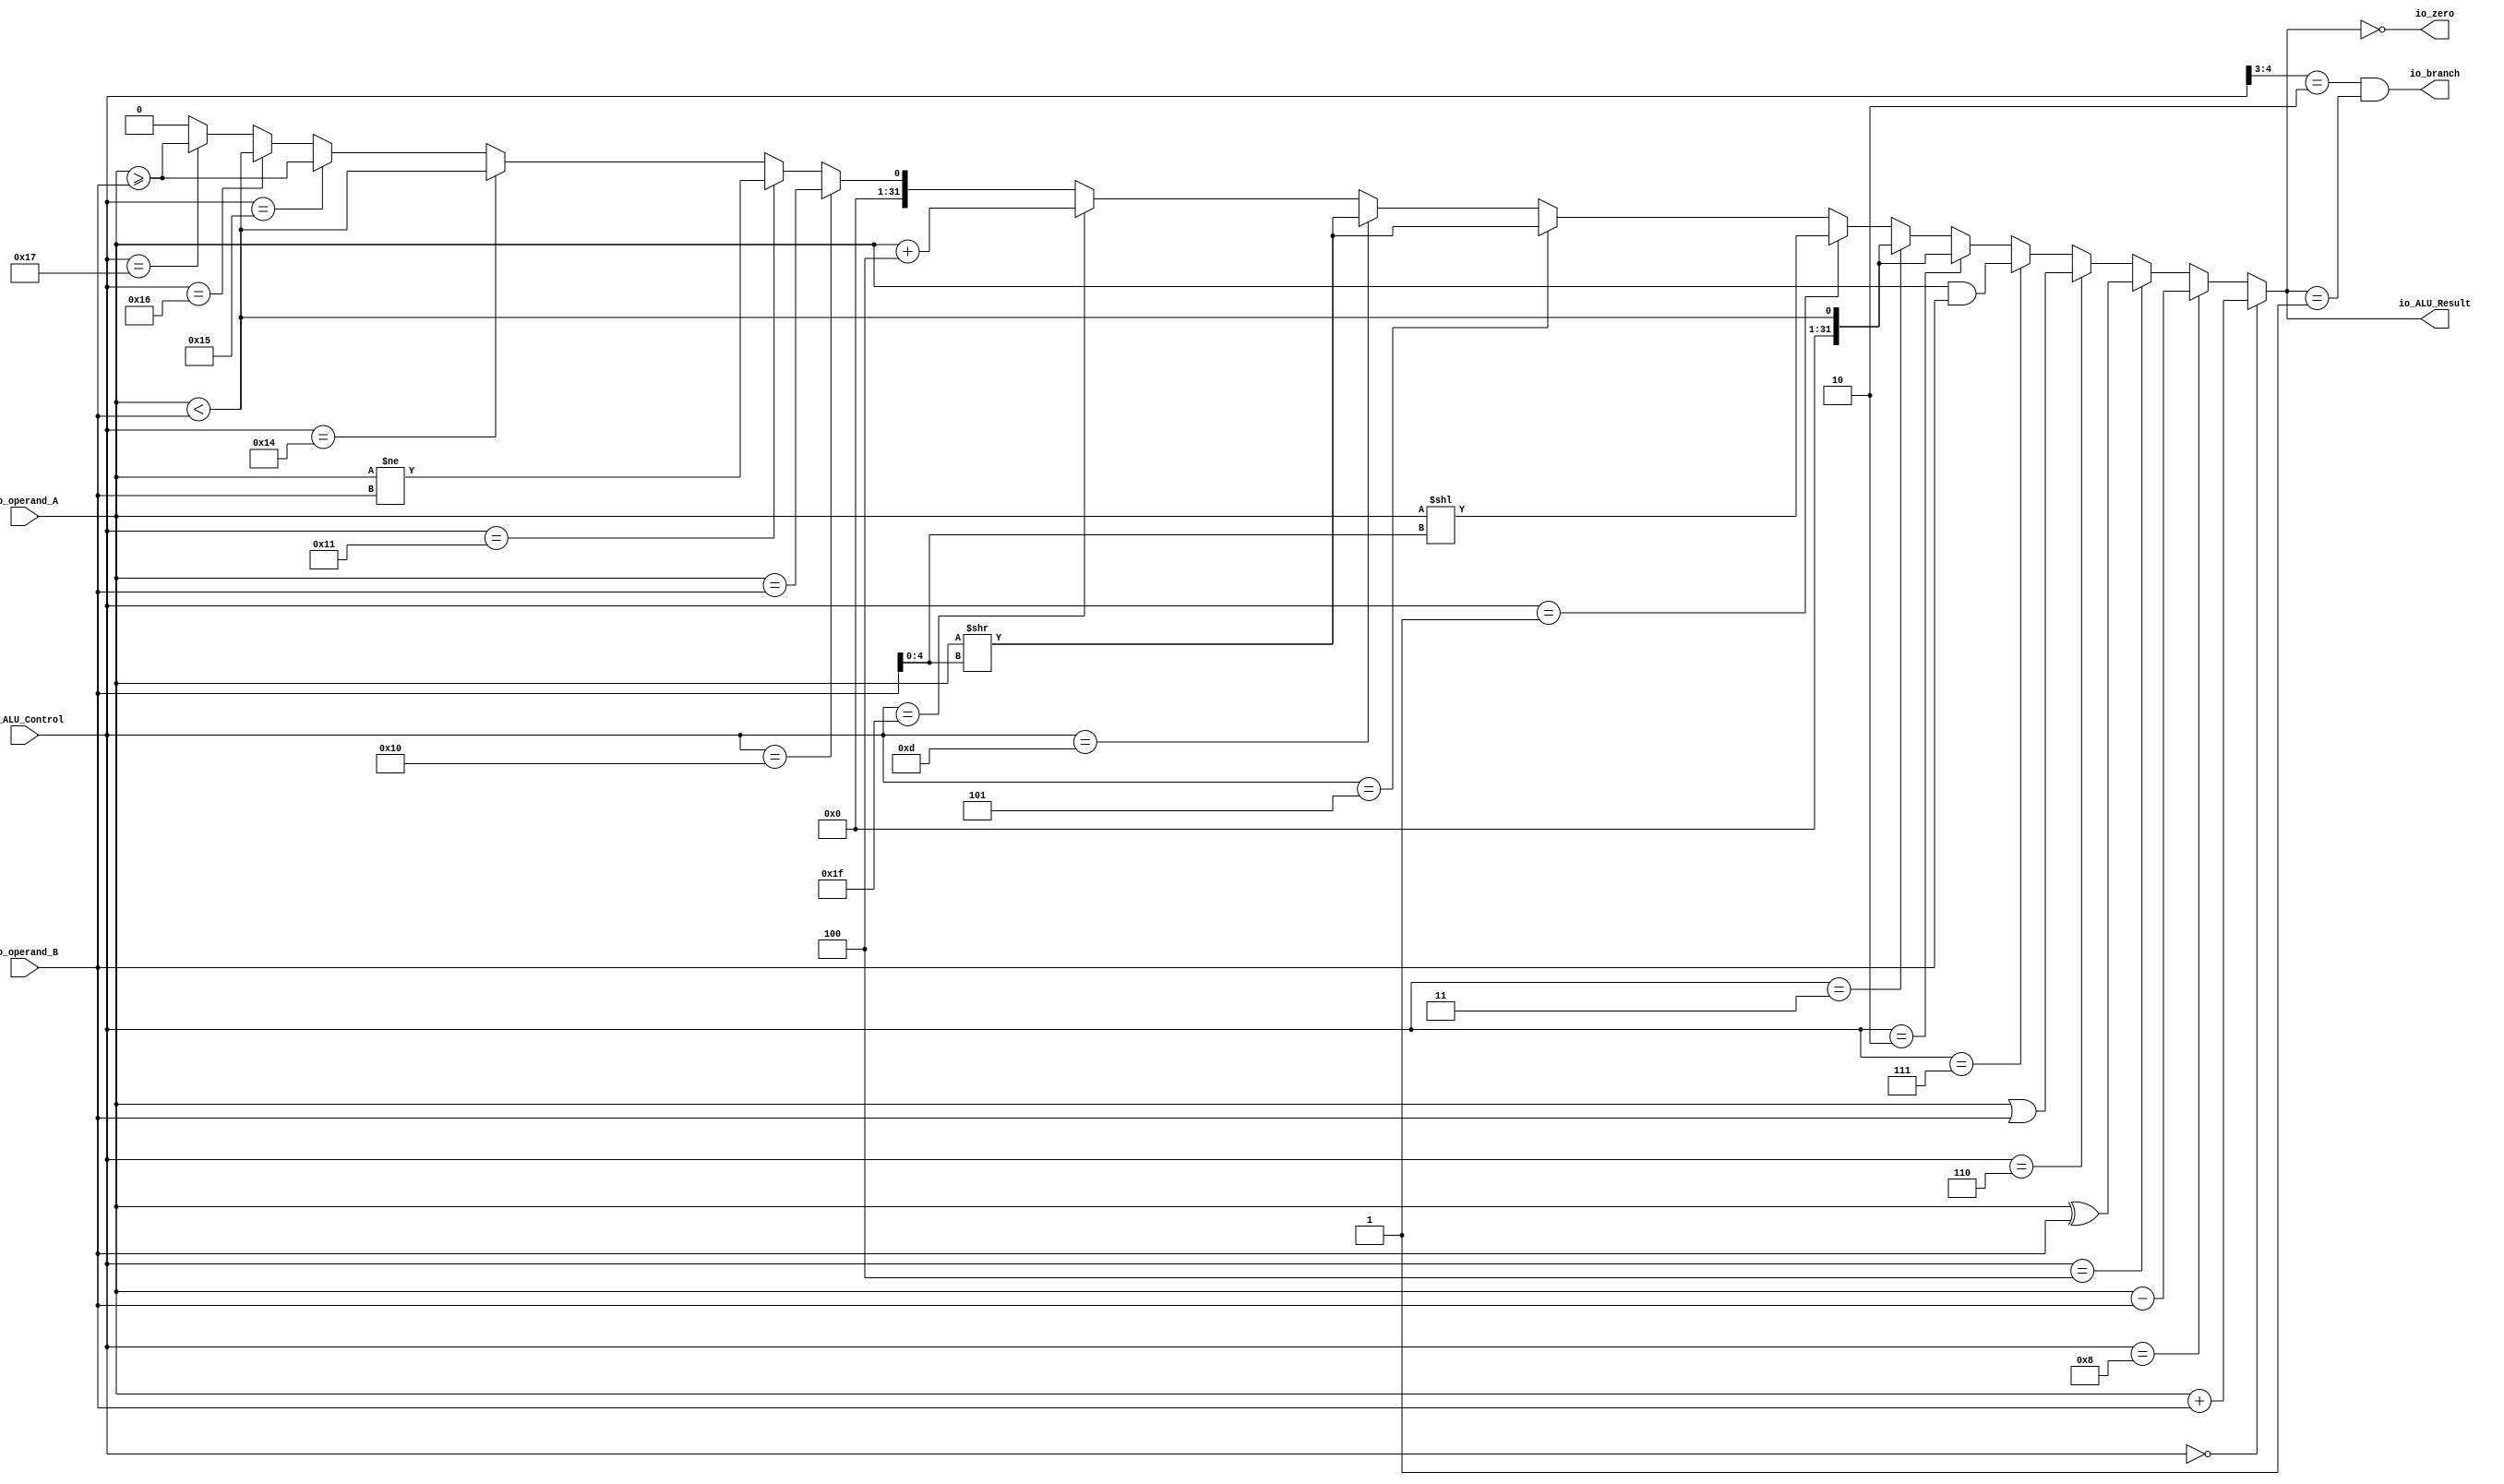
module ALU( // @[:@3.2]
  input  [5:0]  io_ALU_Control, // @[:@6.4]
  input  [31:0] io_operand_A, // @[:@6.4]
  input  [31:0] io_operand_B, // @[:@6.4]
  output        io_zero, // @[:@6.4]
  output        io_branch, // @[:@6.4]
  output [31:0] io_ALU_Result // @[:@6.4]
);
  wire [4:0] shift_amount; // @[ALU.scala 19:34:@8.4]
  wire [1:0] _T_19; // @[ALU.scala 22:32:@11.4]
  wire  _T_21; // @[ALU.scala 22:38:@12.4]
  wire  _T_23; // @[ALU.scala 22:66:@13.4]
  wire  _T_26; // @[ALU.scala 25:24:@16.4]
  wire [32:0] _T_27; // @[ALU.scala 26:35:@18.6]
  wire [31:0] _T_28; // @[ALU.scala 26:35:@19.6]
  wire  _T_30; // @[ALU.scala 27:31:@23.6]
  wire [32:0] _T_31; // @[ALU.scala 28:35:@25.8]
  wire [32:0] _T_32; // @[ALU.scala 28:35:@26.8]
  wire [31:0] _T_33; // @[ALU.scala 28:35:@27.8]
  wire  _T_35; // @[ALU.scala 29:31:@31.8]
  wire [31:0] _T_36; // @[ALU.scala 30:35:@33.10]
  wire  _T_38; // @[ALU.scala 31:31:@37.10]
  wire [31:0] _T_39; // @[ALU.scala 32:35:@39.12]
  wire  _T_41; // @[ALU.scala 33:31:@43.12]
  wire [31:0] _T_42; // @[ALU.scala 34:35:@45.14]
  wire  _T_44; // @[ALU.scala 35:31:@49.14]
  wire  _T_45; // @[ALU.scala 36:35:@51.16]
  wire  _T_47; // @[ALU.scala 37:31:@55.16]
  wire  _T_50; // @[ALU.scala 39:31:@61.18]
  wire [62:0] _GEN_17; // @[ALU.scala 40:35:@63.20]
  wire [62:0] _T_51; // @[ALU.scala 40:35:@63.20]
  wire  _T_53; // @[ALU.scala 41:31:@67.20]
  wire [31:0] _T_54; // @[ALU.scala 42:34:@69.22]
  wire  _T_56; // @[ALU.scala 43:31:@73.22]
  wire  _T_59; // @[ALU.scala 45:31:@79.24]
  wire [32:0] _T_61; // @[ALU.scala 46:35:@81.26]
  wire [31:0] _T_62; // @[ALU.scala 46:35:@82.26]
  wire  _T_64; // @[ALU.scala 47:31:@86.26]
  wire  _T_65; // @[ALU.scala 48:35:@88.28]
  wire  _T_67; // @[ALU.scala 49:31:@92.28]
  wire  _T_68; // @[ALU.scala 50:35:@94.30]
  wire  _T_70; // @[ALU.scala 51:31:@98.30]
  wire  _T_73; // @[ALU.scala 53:31:@104.32]
  wire  _T_74; // @[ALU.scala 54:34:@106.34]
  wire  _T_76; // @[ALU.scala 55:31:@110.34]
  wire  _T_79; // @[ALU.scala 57:31:@116.36]
  wire  _GEN_0; // @[ALU.scala 57:43:@117.36]
  wire  _GEN_1; // @[ALU.scala 55:43:@111.34]
  wire  _GEN_2; // @[ALU.scala 53:43:@105.32]
  wire  _GEN_3; // @[ALU.scala 51:43:@99.30]
  wire  _GEN_4; // @[ALU.scala 49:43:@93.28]
  wire  _GEN_5; // @[ALU.scala 47:43:@87.26]
  wire [31:0] _GEN_6; // @[ALU.scala 45:43:@80.24]
  wire [31:0] _GEN_7; // @[ALU.scala 43:43:@74.22]
  wire [31:0] _GEN_8; // @[ALU.scala 41:43:@68.20]
  wire [62:0] _GEN_9; // @[ALU.scala 39:43:@62.18]
  wire [62:0] _GEN_10; // @[ALU.scala 37:43:@56.16]
  wire [62:0] _GEN_11; // @[ALU.scala 35:44:@50.14]
  wire [62:0] _GEN_12; // @[ALU.scala 33:44:@44.12]
  wire [62:0] _GEN_13; // @[ALU.scala 31:44:@38.10]
  wire [62:0] _GEN_14; // @[ALU.scala 29:44:@32.8]
  wire [62:0] _GEN_15; // @[ALU.scala 27:44:@24.6]
  wire [62:0] _GEN_16; // @[ALU.scala 25:37:@17.4]
  assign shift_amount = io_operand_B[4:0]; // @[ALU.scala 19:34:@8.4]
  assign _T_19 = io_ALU_Control[4:3]; // @[ALU.scala 22:32:@11.4]
  assign _T_21 = _T_19 == 2'h2; // @[ALU.scala 22:38:@12.4]
  assign _T_23 = io_ALU_Result == 32'h1; // @[ALU.scala 22:66:@13.4]
  assign _T_26 = io_ALU_Control == 6'h0; // @[ALU.scala 25:24:@16.4]
  assign _T_27 = io_operand_A + io_operand_B; // @[ALU.scala 26:35:@18.6]
  assign _T_28 = _T_27[31:0]; // @[ALU.scala 26:35:@19.6]
  assign _T_30 = io_ALU_Control == 6'h8; // @[ALU.scala 27:31:@23.6]
  assign _T_31 = io_operand_A - io_operand_B; // @[ALU.scala 28:35:@25.8]
  assign _T_32 = $unsigned(_T_31); // @[ALU.scala 28:35:@26.8]
  assign _T_33 = _T_32[31:0]; // @[ALU.scala 28:35:@27.8]
  assign _T_35 = io_ALU_Control == 6'h4; // @[ALU.scala 29:31:@31.8]
  assign _T_36 = io_operand_A ^ io_operand_B; // @[ALU.scala 30:35:@33.10]
  assign _T_38 = io_ALU_Control == 6'h6; // @[ALU.scala 31:31:@37.10]
  assign _T_39 = io_operand_A | io_operand_B; // @[ALU.scala 32:35:@39.12]
  assign _T_41 = io_ALU_Control == 6'h7; // @[ALU.scala 33:31:@43.12]
  assign _T_42 = io_operand_A & io_operand_B; // @[ALU.scala 34:35:@45.14]
  assign _T_44 = io_ALU_Control == 6'h2; // @[ALU.scala 35:31:@49.14]
  assign _T_45 = io_operand_A < io_operand_B; // @[ALU.scala 36:35:@51.16]
  assign _T_47 = io_ALU_Control == 6'h3; // @[ALU.scala 37:31:@55.16]
  assign _T_50 = io_ALU_Control == 6'h1; // @[ALU.scala 39:31:@61.18]
  assign _GEN_17 = {{31'd0}, io_operand_A}; // @[ALU.scala 40:35:@63.20]
  assign _T_51 = _GEN_17 << shift_amount; // @[ALU.scala 40:35:@63.20]
  assign _T_53 = io_ALU_Control == 6'h5; // @[ALU.scala 41:31:@67.20]
  assign _T_54 = io_operand_A >> shift_amount; // @[ALU.scala 42:34:@69.22]
  assign _T_56 = io_ALU_Control == 6'hd; // @[ALU.scala 43:31:@73.22]
  assign _T_59 = io_ALU_Control == 6'h1f; // @[ALU.scala 45:31:@79.24]
  assign _T_61 = io_operand_A + 32'h4; // @[ALU.scala 46:35:@81.26]
  assign _T_62 = _T_61[31:0]; // @[ALU.scala 46:35:@82.26]
  assign _T_64 = io_ALU_Control == 6'h10; // @[ALU.scala 47:31:@86.26]
  assign _T_65 = io_operand_A == io_operand_B; // @[ALU.scala 48:35:@88.28]
  assign _T_67 = io_ALU_Control == 6'h11; // @[ALU.scala 49:31:@92.28]
  assign _T_68 = io_operand_A != io_operand_B; // @[ALU.scala 50:35:@94.30]
  assign _T_70 = io_ALU_Control == 6'h14; // @[ALU.scala 51:31:@98.30]
  assign _T_73 = io_ALU_Control == 6'h15; // @[ALU.scala 53:31:@104.32]
  assign _T_74 = io_operand_A >= io_operand_B; // @[ALU.scala 54:34:@106.34]
  assign _T_76 = io_ALU_Control == 6'h16; // @[ALU.scala 55:31:@110.34]
  assign _T_79 = io_ALU_Control == 6'h17; // @[ALU.scala 57:31:@116.36]
  assign _GEN_0 = _T_79 ? _T_74 : 1'h0; // @[ALU.scala 57:43:@117.36]
  assign _GEN_1 = _T_76 ? _T_45 : _GEN_0; // @[ALU.scala 55:43:@111.34]
  assign _GEN_2 = _T_73 ? _T_74 : _GEN_1; // @[ALU.scala 53:43:@105.32]
  assign _GEN_3 = _T_70 ? _T_45 : _GEN_2; // @[ALU.scala 51:43:@99.30]
  assign _GEN_4 = _T_67 ? _T_68 : _GEN_3; // @[ALU.scala 49:43:@93.28]
  assign _GEN_5 = _T_64 ? _T_65 : _GEN_4; // @[ALU.scala 47:43:@87.26]
  assign _GEN_6 = _T_59 ? _T_62 : {{31'd0}, _GEN_5}; // @[ALU.scala 45:43:@80.24]
  assign _GEN_7 = _T_56 ? _T_54 : _GEN_6; // @[ALU.scala 43:43:@74.22]
  assign _GEN_8 = _T_53 ? _T_54 : _GEN_7; // @[ALU.scala 41:43:@68.20]
  assign _GEN_9 = _T_50 ? _T_51 : {{31'd0}, _GEN_8}; // @[ALU.scala 39:43:@62.18]
  assign _GEN_10 = _T_47 ? {{62'd0}, _T_45} : _GEN_9; // @[ALU.scala 37:43:@56.16]
  assign _GEN_11 = _T_44 ? {{62'd0}, _T_45} : _GEN_10; // @[ALU.scala 35:44:@50.14]
  assign _GEN_12 = _T_41 ? {{31'd0}, _T_42} : _GEN_11; // @[ALU.scala 33:44:@44.12]
  assign _GEN_13 = _T_38 ? {{31'd0}, _T_39} : _GEN_12; // @[ALU.scala 31:44:@38.10]
  assign _GEN_14 = _T_35 ? {{31'd0}, _T_36} : _GEN_13; // @[ALU.scala 29:44:@32.8]
  assign _GEN_15 = _T_30 ? {{31'd0}, _T_33} : _GEN_14; // @[ALU.scala 27:44:@24.6]
  assign _GEN_16 = _T_26 ? {{31'd0}, _T_28} : _GEN_15; // @[ALU.scala 25:37:@17.4]
  assign io_zero = io_ALU_Result == 32'h0; // @[ALU.scala 21:13:@10.4]
  assign io_branch = _T_21 & _T_23; // @[ALU.scala 22:13:@15.4]
  assign io_ALU_Result = _GEN_16[31:0]; // @[ALU.scala 26:19:@20.6 ALU.scala 28:19:@28.8 ALU.scala 30:19:@34.10 ALU.scala 32:19:@40.12 ALU.scala 34:19:@46.14 ALU.scala 36:19:@52.16 ALU.scala 38:19:@58.18 ALU.scala 40:19:@64.20 ALU.scala 42:18:@70.22 ALU.scala 44:18:@76.24 ALU.scala 46:19:@83.26 ALU.scala 48:19:@89.28 ALU.scala 50:19:@95.30 ALU.scala 52:19:@101.32 ALU.scala 54:18:@107.34 ALU.scala 56:19:@113.36 ALU.scala 58:19:@119.38 ALU.scala 60:20:@122.38]
endmodule
module execute( // @[:@125.2]
  input         clock, // @[:@126.4]
  input         reset, // @[:@127.4]
  input         io_clock, // @[:@128.4]
  input         io_reset, // @[:@128.4]
  input  [2:0]  io_ALU_Operation, // @[:@128.4]
  input  [2:0]  io_funct3, // @[:@128.4]
  input  [6:0]  io_funct7, // @[:@128.4]
  input  [19:0] io_PC, // @[:@128.4]
  input  [1:0]  io_ALU_ASrc, // @[:@128.4]
  input         io_ALU_BSrc, // @[:@128.4]
  input         io_branch_op, // @[:@128.4]
  input  [31:0] io_regRead1, // @[:@128.4]
  input  [31:0] io_regRead2, // @[:@128.4]
  input  [31:0] io_extend, // @[:@128.4]
  output [31:0] io_ALU_Result, // @[:@128.4]
  output        io_zero, // @[:@128.4]
  output        io_branch, // @[:@128.4]
  output [19:0] io_JALR_target // @[:@128.4]
);
  wire [5:0] ALU0_io_ALU_Control; // @[execute.scala 82:19:@233.4]
  wire [31:0] ALU0_io_operand_A; // @[execute.scala 82:19:@233.4]
  wire [31:0] ALU0_io_operand_B; // @[execute.scala 82:19:@233.4]
  wire  ALU0_io_zero; // @[execute.scala 82:19:@233.4]
  wire  ALU0_io_branch; // @[execute.scala 82:19:@233.4]
  wire [31:0] ALU0_io_ALU_Result; // @[execute.scala 82:19:@233.4]
  wire  _T_42; // @[execute.scala 38:27:@134.4]
  wire  _T_45; // @[execute.scala 40:34:@139.6]
  wire [5:0] _T_46; // @[Cat.scala 30:58:@141.8]
  wire  _T_48; // @[execute.scala 43:34:@145.8]
  wire  _T_50; // @[execute.scala 43:71:@146.8]
  wire  _T_51; // @[execute.scala 43:58:@147.8]
  wire  _T_56; // @[execute.scala 45:71:@154.10]
  wire  _T_57; // @[execute.scala 45:58:@155.10]
  wire [5:0] _T_59; // @[Cat.scala 30:58:@157.12]
  wire  _T_64; // @[execute.scala 50:34:@167.14]
  wire  _T_67; // @[execute.scala 50:58:@169.14]
  wire  _T_69; // @[execute.scala 50:110:@170.14]
  wire  _T_70; // @[execute.scala 50:98:@171.14]
  wire [5:0] _T_72; // @[Cat.scala 30:58:@173.16]
  wire  _T_77; // @[execute.scala 52:58:@179.16]
  wire  _T_80; // @[execute.scala 52:98:@181.16]
  wire  _T_87; // @[execute.scala 54:59:@189.18]
  wire [5:0] _GEN_0; // @[execute.scala 56:56:@196.20]
  wire [5:0] _GEN_1; // @[execute.scala 54:96:@190.18]
  wire [5:0] _GEN_2; // @[execute.scala 52:133:@182.16]
  wire [5:0] _GEN_3; // @[execute.scala 50:133:@172.14]
  wire [5:0] _GEN_4; // @[execute.scala 47:56:@162.12]
  wire [5:0] _GEN_5; // @[execute.scala 45:99:@156.10]
  wire [5:0] _GEN_6; // @[execute.scala 43:99:@148.8]
  wire [5:0] _GEN_7; // @[execute.scala 40:57:@140.6]
  wire  _T_96; // @[execute.scala 62:21:@203.4]
  wire  _T_98; // @[execute.scala 64:28:@208.6]
  wire [20:0] _T_100; // @[execute.scala 65:24:@210.8]
  wire [19:0] _T_101; // @[execute.scala 65:24:@211.8]
  wire [31:0] _GEN_9; // @[execute.scala 64:50:@209.6]
  wire [1:0] _GEN_13; // @[execute.scala 70:21:@217.4]
  wire  _T_103; // @[execute.scala 70:21:@217.4]
  wire  ALU_branch; // @[execute.scala 34:25:@131.4 execute.scala 88:19:@240.4]
  wire [32:0] _T_109; // @[execute.scala 94:33:@242.4]
  wire [31:0] _T_110; // @[execute.scala 94:33:@243.4]
  wire [31:0] _T_112; // @[execute.scala 94:46:@244.4]
  ALU ALU0 ( // @[execute.scala 82:19:@233.4]
    .io_ALU_Control(ALU0_io_ALU_Control),
    .io_operand_A(ALU0_io_operand_A),
    .io_operand_B(ALU0_io_operand_B),
    .io_zero(ALU0_io_zero),
    .io_branch(ALU0_io_branch),
    .io_ALU_Result(ALU0_io_ALU_Result)
  );
  assign _T_42 = io_ALU_Operation == 3'h3; // @[execute.scala 38:27:@134.4]
  assign _T_45 = io_ALU_Operation == 3'h2; // @[execute.scala 40:34:@139.6]
  assign _T_46 = {io_ALU_Operation,io_funct3}; // @[Cat.scala 30:58:@141.8]
  assign _T_48 = io_ALU_Operation == 3'h0; // @[execute.scala 43:34:@145.8]
  assign _T_50 = io_funct7 == 7'h0; // @[execute.scala 43:71:@146.8]
  assign _T_51 = _T_48 & _T_50; // @[execute.scala 43:58:@147.8]
  assign _T_56 = io_funct7 == 7'h20; // @[execute.scala 45:71:@154.10]
  assign _T_57 = _T_48 & _T_56; // @[execute.scala 45:58:@155.10]
  assign _T_59 = {3'h1,io_funct3}; // @[Cat.scala 30:58:@157.12]
  assign _T_64 = io_ALU_Operation == 3'h1; // @[execute.scala 50:34:@167.14]
  assign _T_67 = _T_64 & _T_50; // @[execute.scala 50:58:@169.14]
  assign _T_69 = io_funct3 == 3'h5; // @[execute.scala 50:110:@170.14]
  assign _T_70 = _T_67 & _T_69; // @[execute.scala 50:98:@171.14]
  assign _T_72 = {3'h0,io_funct3}; // @[Cat.scala 30:58:@173.16]
  assign _T_77 = _T_64 & _T_56; // @[execute.scala 52:58:@179.16]
  assign _T_80 = _T_77 & _T_69; // @[execute.scala 52:98:@181.16]
  assign _T_87 = _T_64 & _T_69; // @[execute.scala 54:59:@189.18]
  assign _GEN_0 = _T_64 ? _T_72 : 6'h0; // @[execute.scala 56:56:@196.20]
  assign _GEN_1 = _T_87 ? _T_72 : _GEN_0; // @[execute.scala 54:96:@190.18]
  assign _GEN_2 = _T_80 ? _T_59 : _GEN_1; // @[execute.scala 52:133:@182.16]
  assign _GEN_3 = _T_70 ? _T_72 : _GEN_2; // @[execute.scala 50:133:@172.14]
  assign _GEN_4 = _T_48 ? _T_46 : _GEN_3; // @[execute.scala 47:56:@162.12]
  assign _GEN_5 = _T_57 ? _T_59 : _GEN_4; // @[execute.scala 45:99:@156.10]
  assign _GEN_6 = _T_51 ? _T_46 : _GEN_5; // @[execute.scala 43:99:@148.8]
  assign _GEN_7 = _T_45 ? _T_46 : _GEN_6; // @[execute.scala 40:57:@140.6]
  assign _T_96 = io_ALU_ASrc == 2'h1; // @[execute.scala 62:21:@203.4]
  assign _T_98 = io_ALU_ASrc == 2'h2; // @[execute.scala 64:28:@208.6]
  assign _T_100 = io_PC + 20'h4; // @[execute.scala 65:24:@210.8]
  assign _T_101 = _T_100[19:0]; // @[execute.scala 65:24:@211.8]
  assign _GEN_9 = _T_98 ? {{12'd0}, _T_101} : io_regRead1; // @[execute.scala 64:50:@209.6]
  assign _GEN_13 = {{1'd0}, io_ALU_BSrc}; // @[execute.scala 70:21:@217.4]
  assign _T_103 = _GEN_13 == 2'h1; // @[execute.scala 70:21:@217.4]
  assign ALU_branch = ALU0_io_branch; // @[execute.scala 34:25:@131.4 execute.scala 88:19:@240.4]
  assign _T_109 = io_regRead1 + io_extend; // @[execute.scala 94:33:@242.4]
  assign _T_110 = _T_109[31:0]; // @[execute.scala 94:33:@243.4]
  assign _T_112 = _T_110 & 32'hfffffffe; // @[execute.scala 94:46:@244.4]
  assign io_ALU_Result = ALU0_io_ALU_Result; // @[execute.scala 89:19:@241.4]
  assign io_zero = ALU0_io_zero; // @[execute.scala 87:19:@239.4]
  assign io_branch = ALU_branch & io_branch_op; // @[execute.scala 77:15:@228.6 execute.scala 79:15:@231.6]
  assign io_JALR_target = _T_112[19:0]; // @[execute.scala 94:16:@245.4]
  assign ALU0_io_ALU_Control = _T_42 ? 6'h1f : _GEN_7; // @[execute.scala 83:25:@236.4]
  assign ALU0_io_operand_A = _T_96 ? {{12'd0}, io_PC} : _GEN_9; // @[execute.scala 84:25:@237.4]
  assign ALU0_io_operand_B = _T_103 ? io_extend : io_regRead2; // @[execute.scala 85:25:@238.4]
endmodule